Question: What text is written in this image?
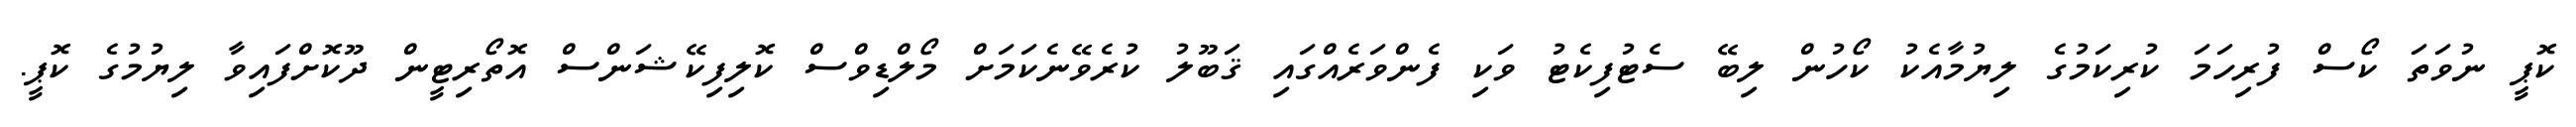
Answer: ކޮޕީ ނުވަތަ ކޯސް ފުރިހަމަ ކުރިކަމުގެ ލިޔުމާއެކު ކޯހުން ލިބޭ ސެޓުފިކެޓު ވަކި ފެންވަރެއްގައި ޤަބޫލު ކުރެވޭނެކަމަށް މޯލްޑިވްސް ކޮލިފިކޭޝަންސް އޮތޯރިޓީން ދޫކޮށްފައިވާ ލިޔުމުގެ ކޮޕީ.